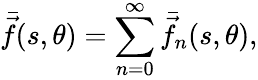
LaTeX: \bar{\vec{f}}(s,\theta)=\sum_{n=0}^{\infty}\bar{\vec{f}}_{n}(s,\theta),